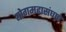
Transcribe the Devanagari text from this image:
योगमहासंघाचे